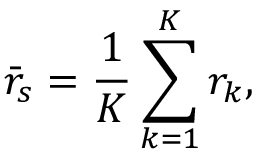
{ \bar { r } } _ { s } = { \frac { 1 } { K } } \sum _ { k = 1 } ^ { K } r _ { k } ,